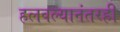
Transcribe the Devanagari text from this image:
हलवल्यानंतरही